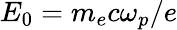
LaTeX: E_{0}=m_{e}c\omega_{p}/e